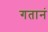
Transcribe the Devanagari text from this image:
गतानं